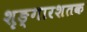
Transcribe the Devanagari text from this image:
शृङ्गारशतक